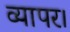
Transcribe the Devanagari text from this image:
व्यापर।